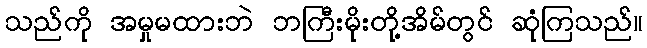
သည်ကို အမှုမထားဘဲ ဘကြီးမိုးတို့အိမ်တွင် ဆုံကြသည်။